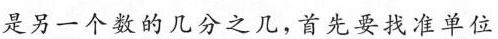
是另一个数的几分之几，首先要找准单位